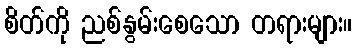
စိတ်ကို ညစ်နွမ်းစေသော တရားများ။